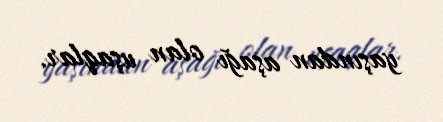
yaşından aşağı olan uşaqlar.